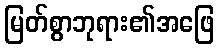
မြတ်စွာဘုရား၏အဖြေ